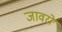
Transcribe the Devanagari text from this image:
जावरो